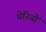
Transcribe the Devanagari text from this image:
थेरियो